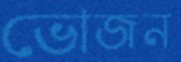
ভোজন